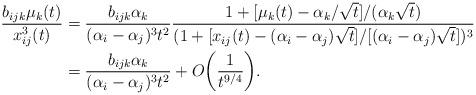
LaTeX: \begin{align*}\frac{b_{ijk}\mu_k(t)}{x^3_{ij}(t)}&=\frac{b_{ijk}\alpha_k}{(\alpha_i-\alpha_j)^3t^{2}}\frac{1+[\mu_k(t)-\alpha_k/\sqrt{t}]/(\alpha_{k}\sqrt{t})}{(1+[x_{ij}(t)-(\alpha_i-\alpha_j)\sqrt{t}]/[(\alpha_i-\alpha_j)\sqrt{t}])^3}\\&=\frac{b_{ijk}\alpha_k}{(\alpha_i-\alpha_j)^3t^{2}}+O\bigg(\frac{1}{t^{9/4}}\bigg).\end{align*}